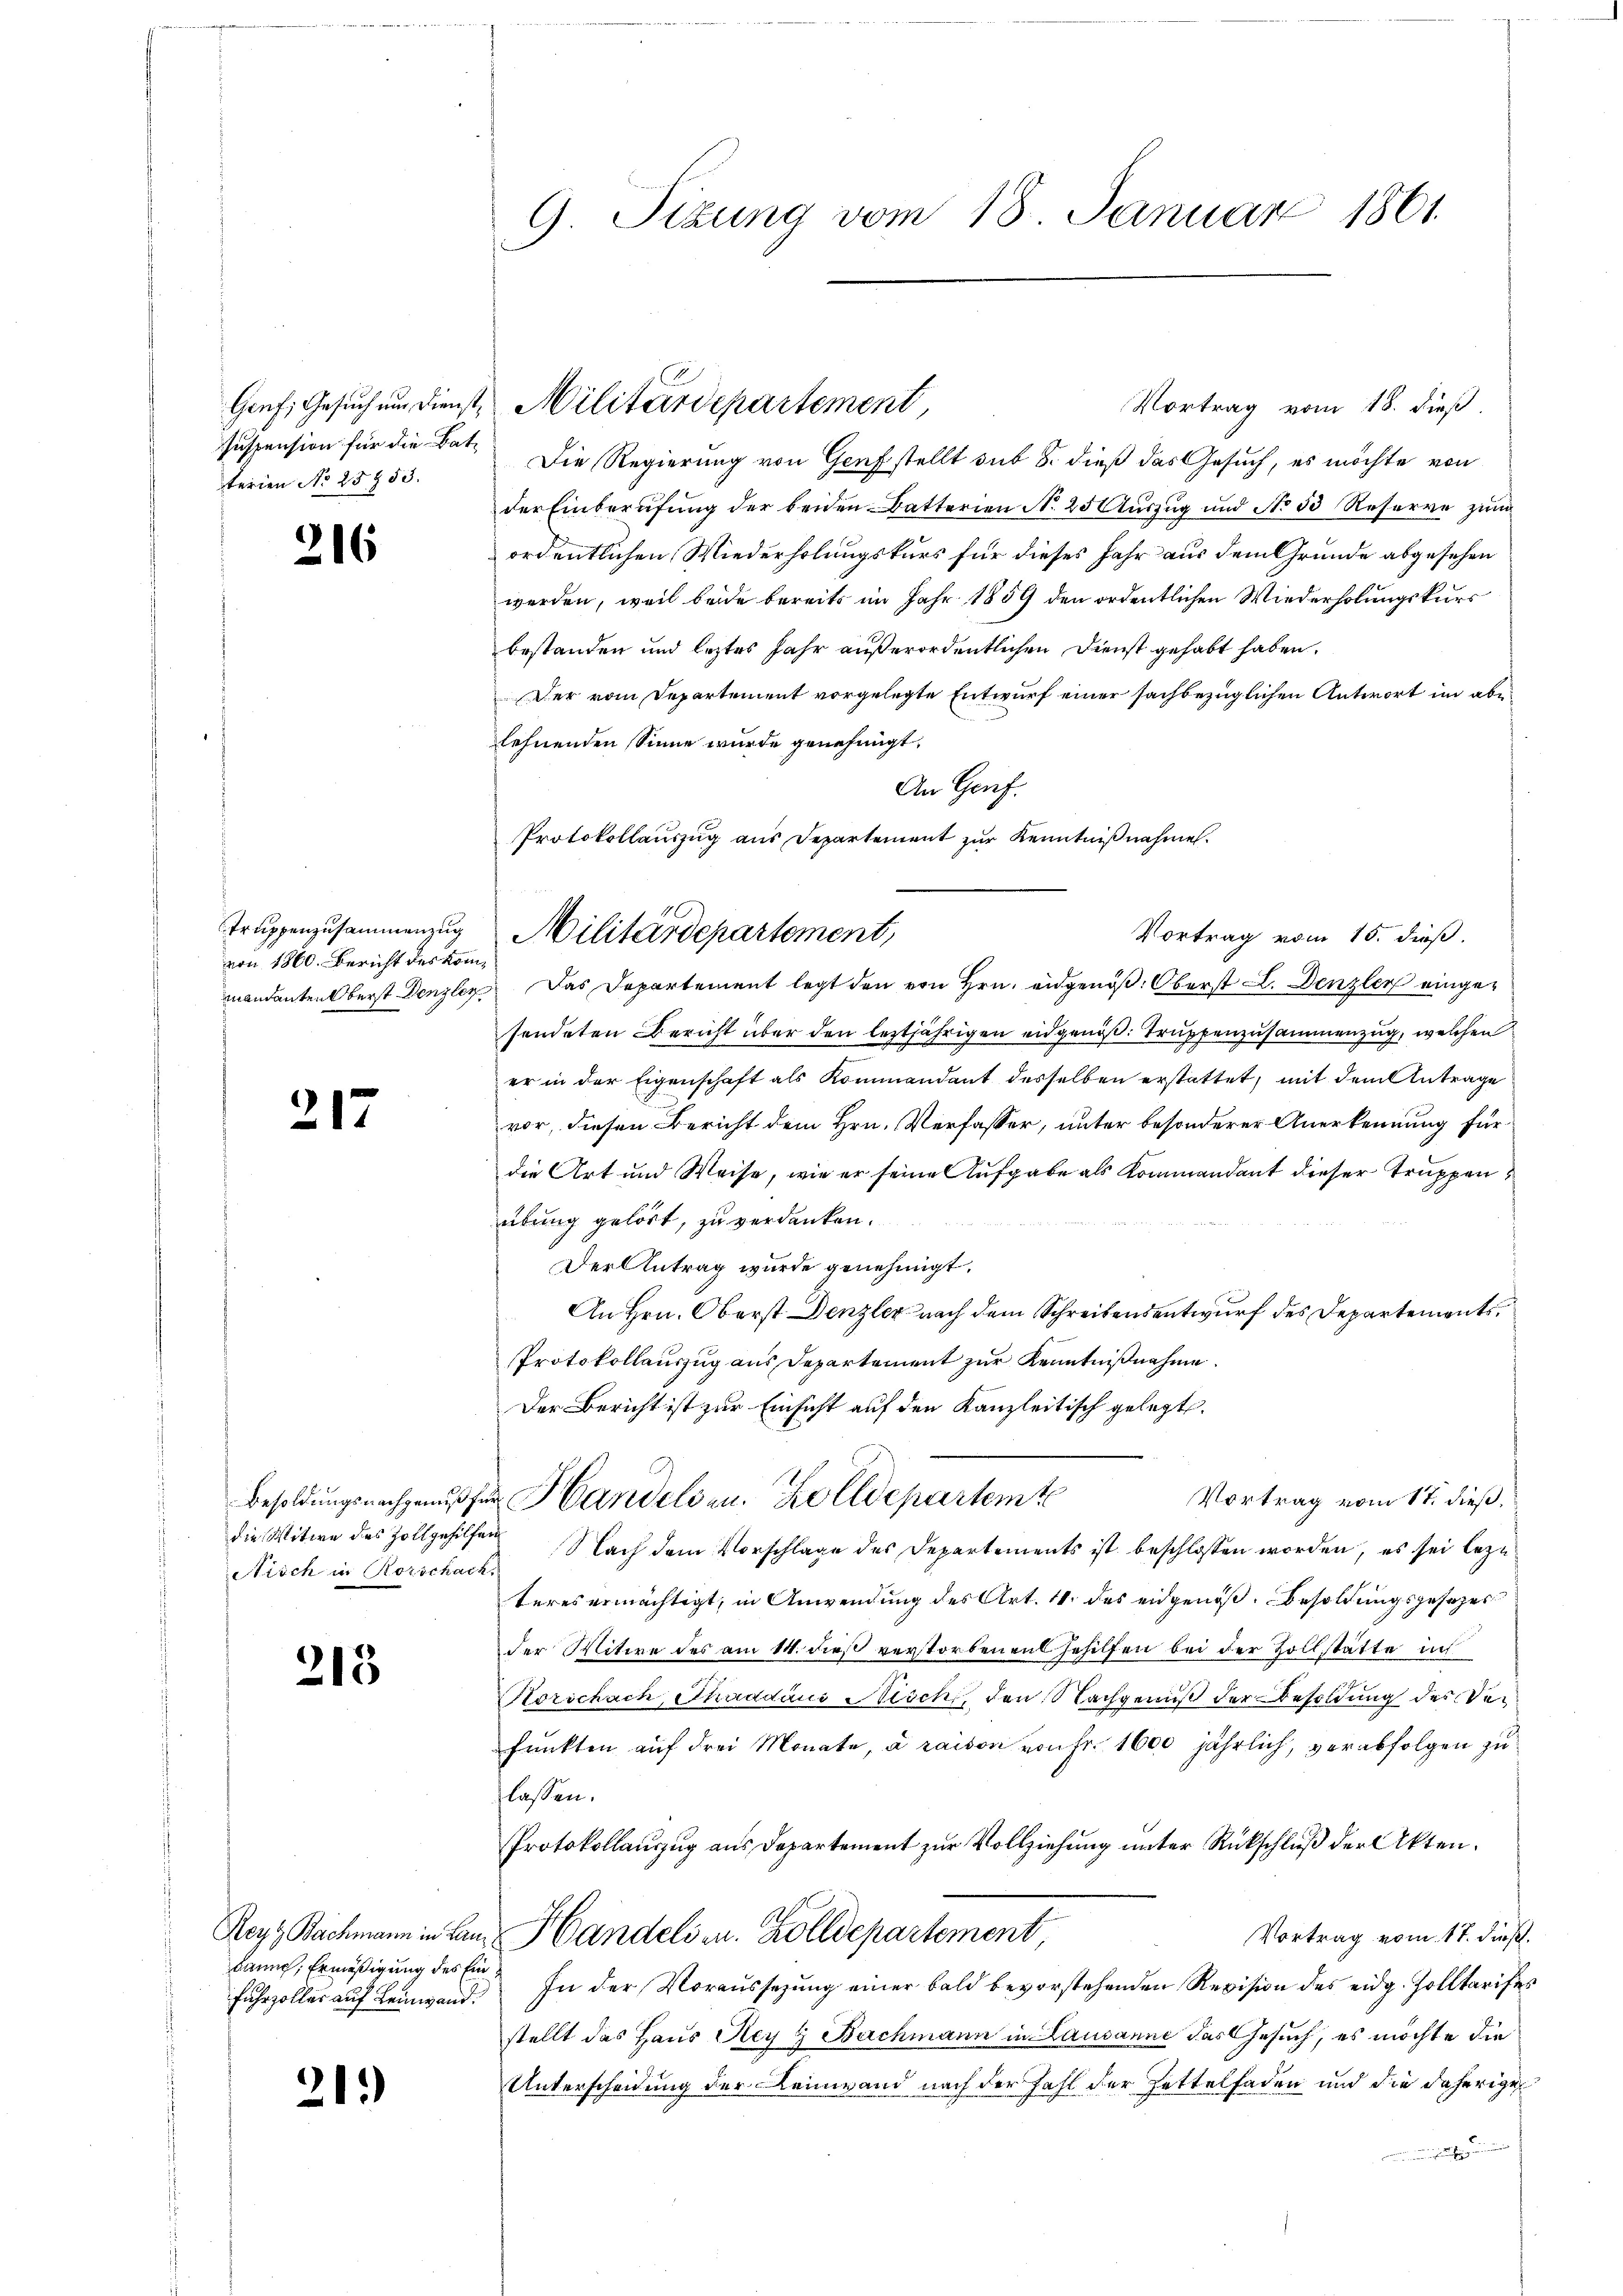
Genf, Gesuch und Dienst,
suspension für die Vate
terien No 25753.

216

Truppenzusammenzug
von 1860. Bericht des Kommandanten Oberst Denzley

217

die Witwe des Zollgehilfe
tisch in Rorschach.

213

kann, Ermäßigung des Einfuhrzoller auf Leinwand.

21.)

9 Sizung vom 18. Januar 1861

Vortrag vom 18. dieß
Die Regierung von Genf stellt sub S. dieß das Gesuch, es möchte von
der Einberufung der beiden Batterien N. 25 Auszug und No 33 Reserve zum
ordentlichen Wiederholungskurs für dieses Jahr aus dem Grunde abgesehen
werden, weil beide bereits im Jahr 1859 den ordentlichen Wiederholungskurs
bestanden und leztes Jahr außerordentlichen Dienst gehabt haben.
Der vom Departement vorgelegte Entwurf einer sachbezüglichen Antwort im ablehnenden Sinne wurde genehmigt,
An Genf.
Das Departement legt den von Hrn. angenöß. Oberst L. Denzler eingesendeten Bericht über den leztjährigen eidgenöß: Truppenzusammenzug, welchen
er in der Eigenschaft als Kommandant desselben erstattet, mit dem Antrage
vor, diesen Bericht dem Hrn. Verfasser, unter besonderer Anerkennung für
die Art und Weise, wie er seine Aufgabe als Kommandant dieser Truppen
übung gelöst, zu verdanken.
Der Antrag wurde genehmigt.
An Hrn. Oberst Denzler nach dem Schreibensentwurf des Departements
Protokollauszug aus Departement zur Kenntnißnahme.
Der Bericht ist zur Einsicht auf den Kanzleitisch gelegt.
Vortrag vom 17. dieß.
Besoldungsnachgenusser Handelsen. Zolldepartemte
Nach dem Vorschlage des Departements ist beschlossen worden, es sei lezt
teres ermächtigt, in Anwendung des Art. 11 des eidgenoß. Besoldungsgesezes
der Witwe des am 14. dieß verstorbenen Gehilfen bei der Zollstätte in
Horschach, Chaadaus Nisch, den Nachgenuß der Besoldung des Ver
funkten auf drei Monate, à raison von Fr. 1600 jährlich, verabfolgen zu
lassen.
Protokollauszug aus Departement zur Vollziehung unter Rückschluß der Akten.
Reyz Bachmann in Bau Handels in Zolldepartement
Vortrag vom 17. dieß.
In der Voraussezung einer bald bevorstehenden Revision des eidg. Zolltarises
stellt das Haus Rey H Bachmann in Lausanne das Gesuch, es möchte die
Unterscheidung der Leinwand nach der Zahl der Zettelfaden und die daherige

Militärdepartement,

Protokollauszug aus Departement zur Kenntnißnahmen.
Militärdepartement,
Vortrag vom 15. dieß.